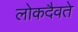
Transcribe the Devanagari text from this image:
लोकदैवते